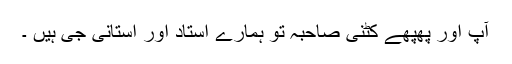
آپ اور پھپھے کٹنی صاحبہ تو ہمارے استاد اور استانی جی ہیں ۔